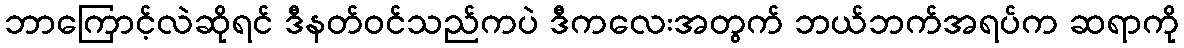
ဘာကြောင့်လဲဆိုရင် ဒီနတ်ဝင်သည်ကပဲ ဒီကလေးအတွက် ဘယ်ဘက်အရပ်က ဆရာကို